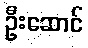
ဦးဆောင်